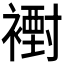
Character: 𧝪